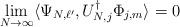
LaTeX: \begin{align*} \lim_{N\to \infty} \langle \Psi_{N,\ell'}, U_{N,j}^\dagger \Phi_{j,m} \rangle =0\end{align*}